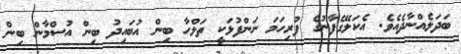
ބަދަލެއްނާދެއެވެ. އެކަލޭގެފާނުގެ ފުރިހަމަ ނަންފުޅަކީ ތަލްްހާ ބިން އުބައިދު ބިން އުސްމާން ބިން